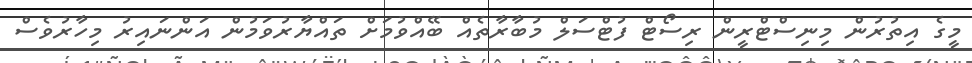
މީގެ އިތުރުން މިނިސްޓްރީން ރިސޯޓް ފުޓްސަލް މުބާރާތެއް ބޭއްވުމަށް ތައްޔާރުވަމުން އަންނައިރު މިހާރުވެސް